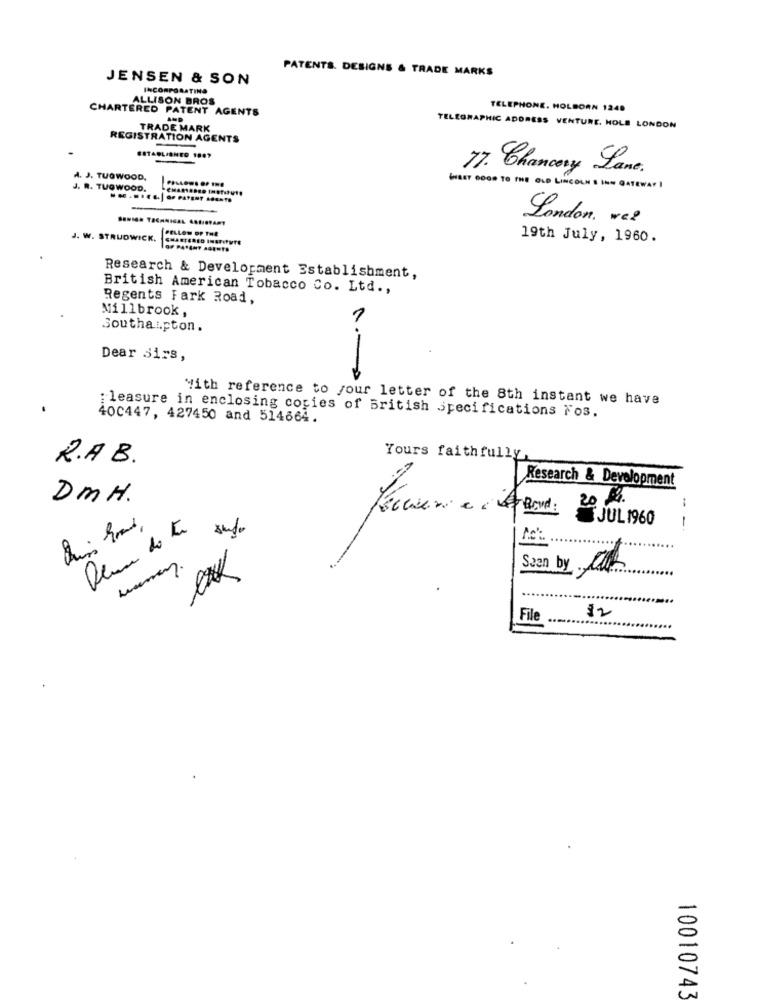
PATENTS. DESIGNS & TRADE MARKS
JENSEN & SON
INCORPORATING
ALLISON BROS
CHARTERED PATENT AGENTS
TELEPHONE. HOLBORN 1249
TRADE MARK
TELEGRAPHIC ADDRESS VENTURE. HOLE LONDON
REGISTRATION AGENTS
ESTABLISHED 1807
17. Chancery Lane.
A. J. TUOWOOD,
J. R. TUGWOOD.
WHAT GOOD TO THE OLD LINCOLN'S INN GATEWAY
-
London. we?
FELLOW DP THE
J. W. STRUDWICK,
19th July, 1960.
Research & Development Establishment,
British American Tobacco Co. Ltd .,
Regents Fark Road,
Millbrook ,
Southaupton.
Dear Sirs,
With reference to your letter of the 8th instant we have
40C447, 427450 and 514664.
: leasure in enclosing copies of British Specifications Fos.
R.A.B.
Yours faithfully,
Research & Development
DMH.
: 20 1.
JUL 1960
---
San by att
12
File
10010743